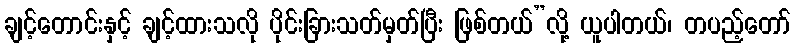
ချင့်တောင်းနှင့် ချင့်ထားသလို ပိုင်းခြားသတ်မှတ်ပြီး ဖြစ်တယ်”လို့ ယူပါတယ်၊ တပည့်တော်